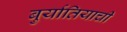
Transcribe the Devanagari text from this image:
बुर्यातियाची